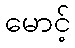
မောင့်